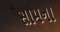
સામના